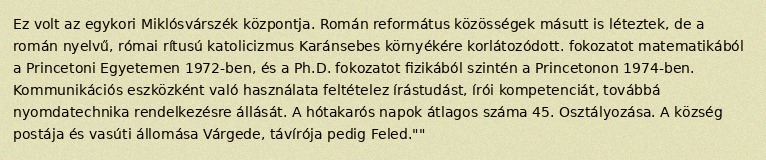
Ez volt az egykori Miklósvárszék központja. Román református közösségek másutt is léteztek, de a román nyelvű, római rítusú katolicizmus Karánsebes környékére korlátozódott. fokozatot matematikából a Princetoni Egyetemen 1972-ben, és a Ph.D. fokozatot fizikából szintén a Princetonon 1974-ben. Kommunikációs eszközként való használata feltételez írástudást, írói kompetenciát, továbbá nyomdatechnika rendelkezésre állását. A hótakarós napok átlagos száma 45. Osztályozása. A község postája és vasúti állomása Várgede, távírója pedig Feled.""